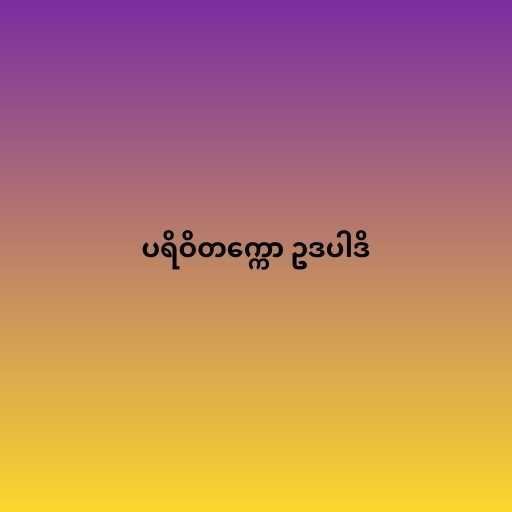
ပရိဝိတက္ကော ဥဒပါဒိ